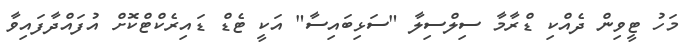
މަހު ޓީވިން ދެއްކި ޑްރާމާ ސިލްސިލާ "ސަޅިބައިސާ" އަކީ ޓެޑް ޑައިރެކްޓްކޮށް އުފައްދާފައިވާ